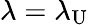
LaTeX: \lambda=\lambda_{\mathrm{U}}